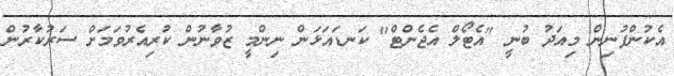
އެކުންފުނިން މިއަދު ބުނީ "އެޓޯލް އެޖެންޓް" ކަނޑައަޅަން ނިންމީ ޒުވާނުން ކުރިއެރުވަމަށް ސަރުކާރުން